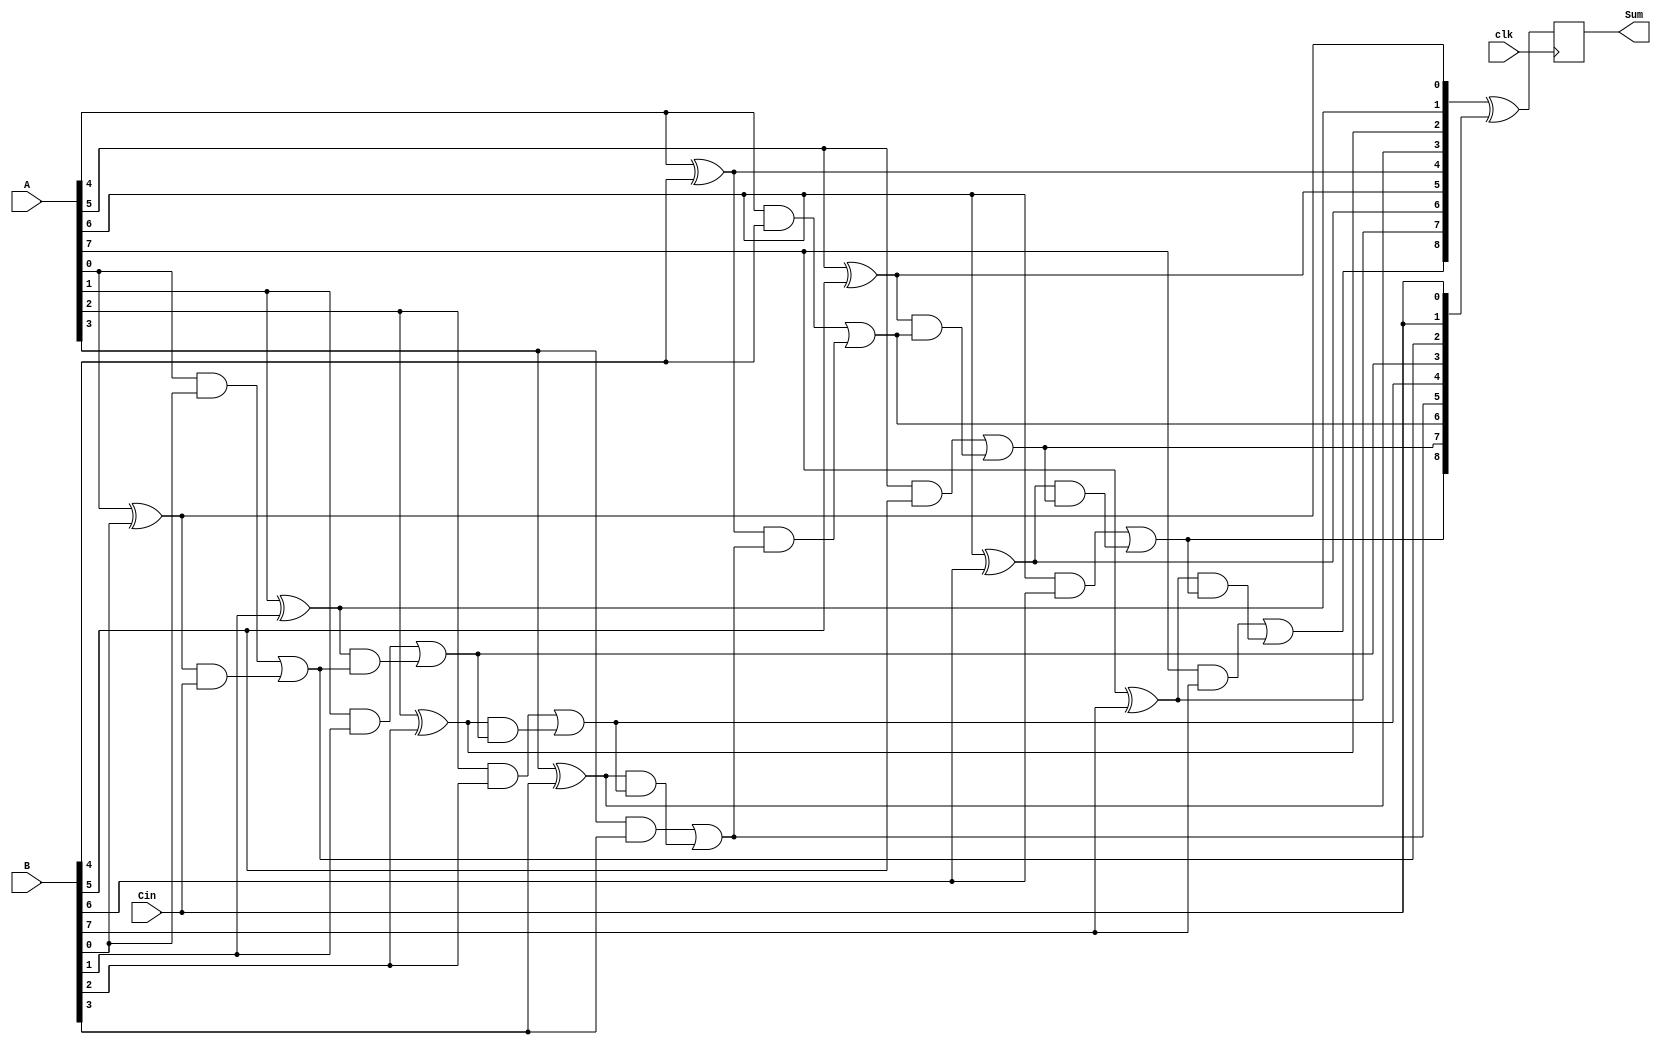
module PrecomputationCarryAdder #(parameter N = 8) (
    input wire clk,
    input wire [N-1:0] A,      // First operand
    input wire [N-1:0] B,      // Second operand
    input wire Cin,             // Carry input
    output reg [N:0] Sum        // Sum output (N+1 bits)
);

    // Internal signals for carry generation
    wire [N:0] carry;           // Carry outputs
    wire [N-1:0] G;             // Generate signals
    wire [N-1:0] P;             // Propagate signals

    // Generate and propagate signals
    genvar i;
    generate
        for (i = 0; i < N; i = i + 1) begin : gen_prop
            assign G[i] = A[i] & B[i]; // Generate
            assign P[i] = A[i] ^ B[i]; // Propagate
        end
    endgenerate

    // Carry generation using carry lookahead logic
    assign carry[0] = Cin; // Initial carry input
    generate
        for (i = 0; i < N; i = i + 1) begin : carry_gen
            assign carry[i + 1] = G[i] | (P[i] & carry[i]);
        end
    endgenerate

    // Sum calculation
    always @(posedge clk) begin
        Sum <= {carry[N], P} ^ {carry[N-1:0], Cin}; // Sum calculation
    end

endmodule